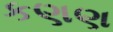
કણણ